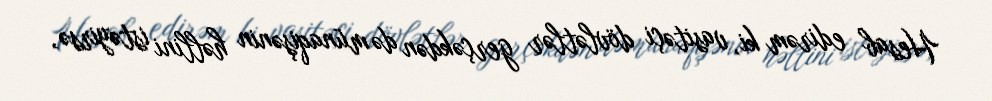
Hesab edirəm ki, vasitəçi dövlətlər gerçəkdən də münaqişənin həllini istəyirsə,